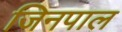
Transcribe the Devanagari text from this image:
जिनपाल